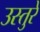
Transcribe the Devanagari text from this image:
उस्तुरे